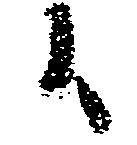
候